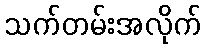
သက်တမ်းအလိုက်